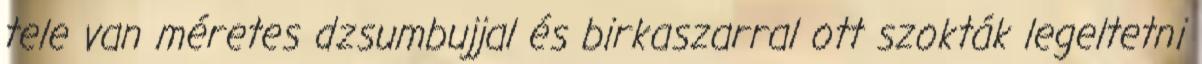
tele van méretes dzsumbujjal és birkaszarral ott szokták legeltetni